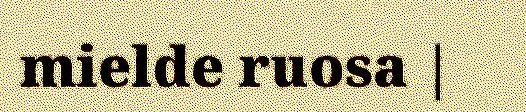
mielde ruosa |